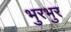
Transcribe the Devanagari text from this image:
भुरभुर